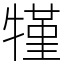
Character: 㹏